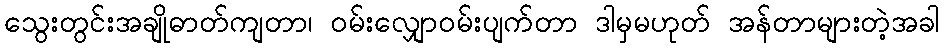
သွေးတွင်းအချိုဓာတ်ကျတာ၊ ၀မ်းလျှော၀မ်းပျက်တာ ဒါမှမဟုတ် အန်တာများတဲ့အခါ